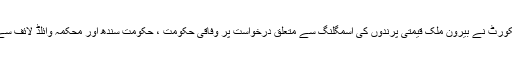
2015ء) سندھ ہائیکورٹ نے بیرون ملک قیمتی پرندوں کی اسمگلنگ سے متعلق درخواست پر وفاقی حکومت ، حکومت سندھ اور محکمہ وائلڈ لائف سے جواب طلب کرلیا۔